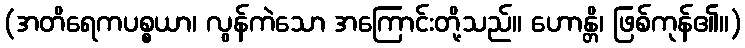
(အတိရေကပစ္စယာ၊ လွန်ကဲသော အကြောင်းတို့သည်။ ဟောန္တိ၊ ဖြစ်ကုန်၏။)